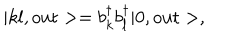
| k l , \mathrm { o u t } > = b _ { k } ^ { \dagger } b _ { l } ^ { \dagger } | 0 , \mathrm { o u t } > ,